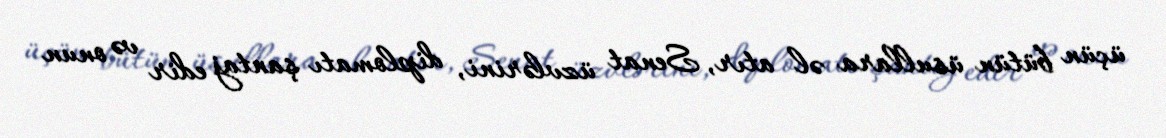
üçün bütün üsullara əl atır, Senat üzvlərini, diplomatı şantaj edir və onun